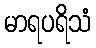
မာရပရိသံ